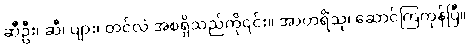
ဆီဦး၊ ဆီ၊ ပျား၊ တင်လဲ အစရှိသည်ကို၎င်း။ အာဟရိံသု၊ ဆောင်ကြကုန်ပြီ။